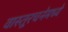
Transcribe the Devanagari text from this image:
वास्तूरचनेमध्ये